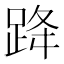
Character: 跭